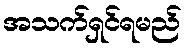
အသက်ရှင်ရမည်